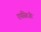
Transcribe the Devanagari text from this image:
रायसिंहजी